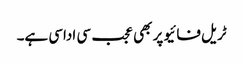
ٹریل فائیو پر بھی عجب سی اداسی ہے۔